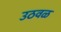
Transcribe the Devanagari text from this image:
उठवळ